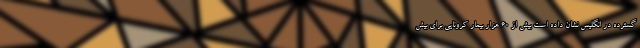
گسترده در انگلیس نشان داده است بیش از ۶۰ هزار بیمار کرونایی برای بیش